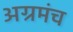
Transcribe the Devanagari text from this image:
अग्रमंच